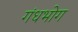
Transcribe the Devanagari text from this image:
गंधभोग